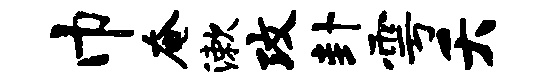
巾奄漱攻卦雩夭